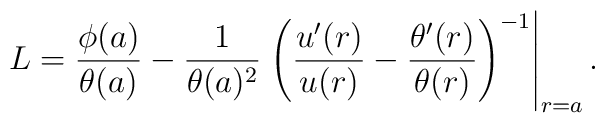
L =\frac{\phi(a)}{\theta(a)} -\frac{1}{\theta(a)^2} \left.\left(\frac{u^\prime(r)}{u(r)} -\frac{\theta^\prime(r)}{\theta(r)}\right)^{-1}\right|_{r=a} .